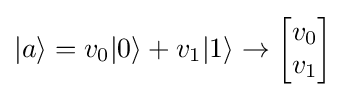
|a\rangle =v_{0}|0\rangle +v_{1}|1\rangle \rightarrow {\begin{bmatrix}v_{0}\\v_{1}\end{bmatrix}}